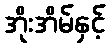
အိုးအိမ်နှင့်